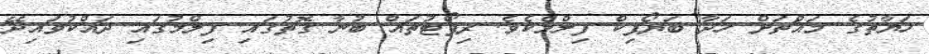
ހަޔާތުގެ މައްޗަށް ހަދާ ބަޔޯޕިކް ފިލްމެކެވެ. ރިޕޯޓުތައް ބުނާ ގޮތުގައި ފިލްމުގައި ދައްކުވައިދޭ